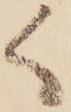
く